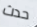
حدث